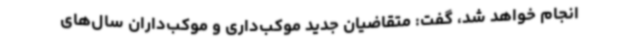
انجام خواهد شد، گفت: متقاضیان جدید موکب‌داری و موکب‌داران سال‌های